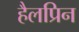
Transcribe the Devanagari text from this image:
हैलप्रिन